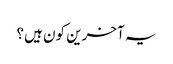
یہ آخرین کون ہیں؟